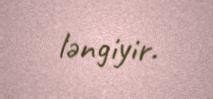
ləngiyir.